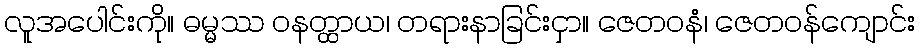
လူအပေါင်းကို။ ဓမ္မဿ ဝနတ္ထာယ၊ တရားနာခြင်းငှာ။ ဇေတဝနံ၊ ဇေတဝန်ကျောင်း